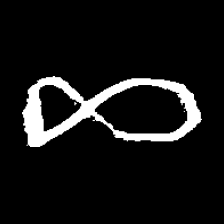
Pyu character \u2014 Myanmar letter: ဆ (romanized: cha)